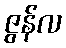
ဇွန်လ